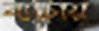
ব্যাচায়